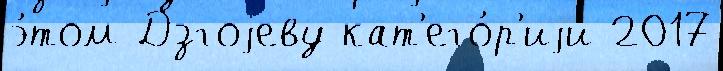
э́том Дзгоjеву кат'его́р'иjи 2017